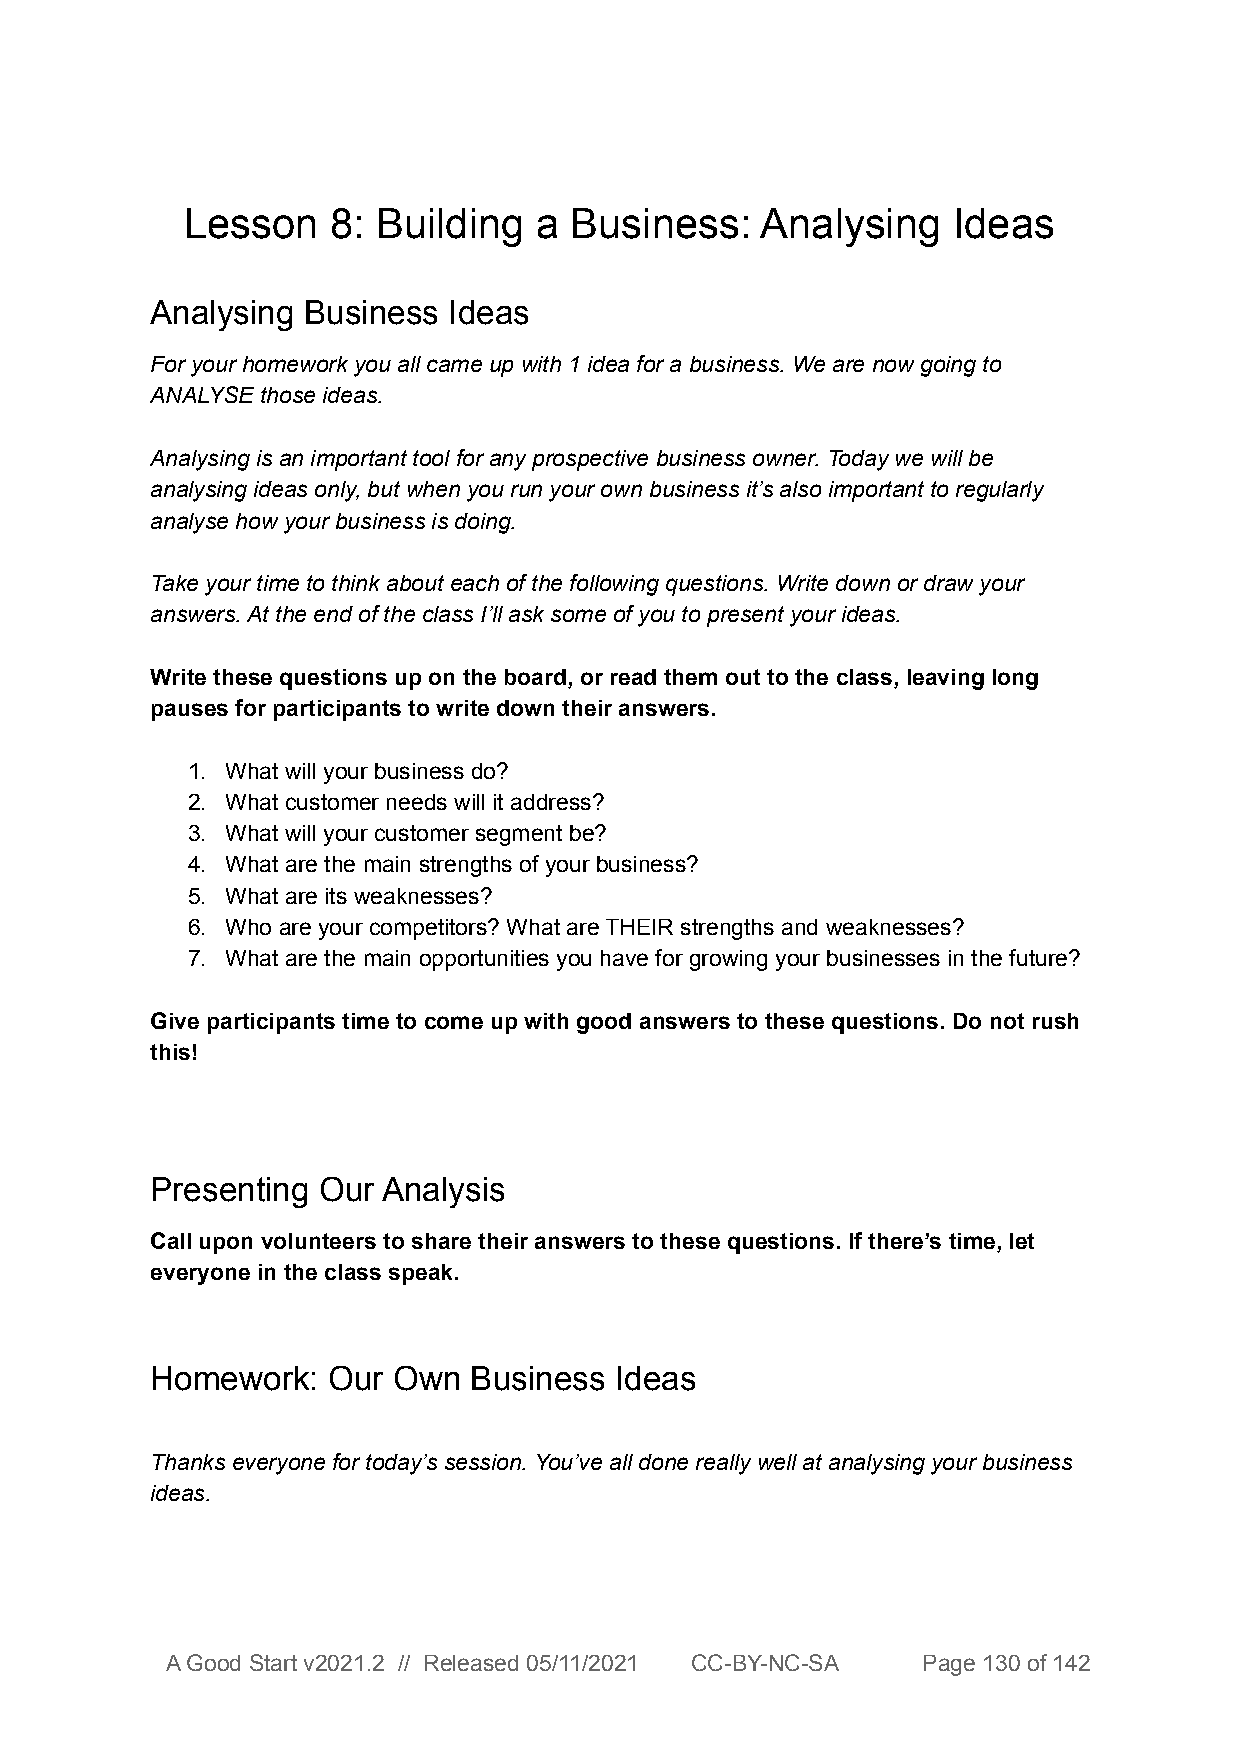
Lesson    8: Building  a  Business:   Analysing    Ideas
 Analysing Business  Ideas
 For your homework you all came up with 1 idea for a business. We are now going to
 ANALYSE those ideas.
 Analysing is an important tool for any prospective business owner. Today we will be
 analysing ideas only, but when you run your own business it’s also important to regularly
 analyse how your business is doing.
 Take your time to think about each of the following questions. Write down or draw your
 answers. At the end of the class I’ll ask some of you to present your ideas.
 Write these questions up on the board, or read them out to the class, leaving long
 pauses for participants to write down their answers.
 1. What will your business do?
 2. What customer needs will it address?
 3. What will your customer segment be?
 4. What are the main strengths of your business?
 5. What are its weaknesses?
 6. Who are your competitors? What are THEIR strengths and weaknesses?
 7. What are the main opportunities you have for growing your businesses in the future?
 Give participants time to come up with good answers to these questions. Do not rush
 this!
 Presenting Our Analysis
 Call upon volunteers to share their answers to these questions. If there’s time, let
 everyone in the class speak.
 Homework:   Our Own  Business  Ideas
 Thanks everyone for today’s session. You’ve all done really well at analysing your business
 ideas.
 A Good Start v2021.2 // Released 05/11/2021 CC-BY-NC-SA Page 130 of 142